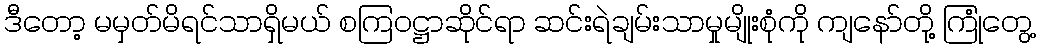
ဒီတော့ မမှတ်မိရင်သာရှိမယ် စကြဝဋ္ဌာဆိုင်ရာ ဆင်းရဲချမ်းသာမှုမျိုးစုံကို ကျနော်တို့ ကြုံတွေ့